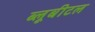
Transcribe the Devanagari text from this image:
ब्‍लूबीटल